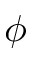
\phi